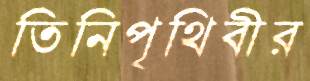
তিনিপৃথিবীর